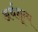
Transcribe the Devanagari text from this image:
अर्थशून्य